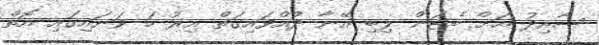
ސާއިދު އަށް ބެޓަން ލިބި އޭނާ ދުއްވައިގަތް އިރު ހަ ވަނައިގައި އޮތް